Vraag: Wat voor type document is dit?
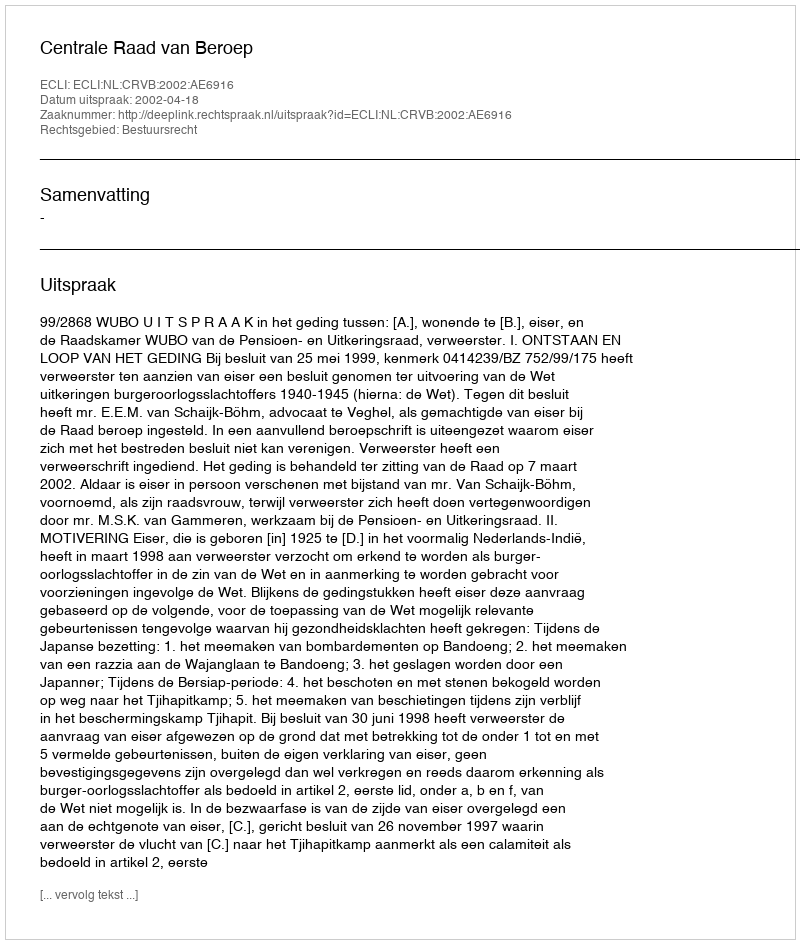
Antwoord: Uitspraak